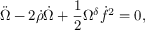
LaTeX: \ddot { \Omega } - 2 \dot { \rho } \dot { \Omega } + \frac { 1 } { 2 } \Omega ^ { \delta } \dot { f } ^ { 2 } = 0 ,